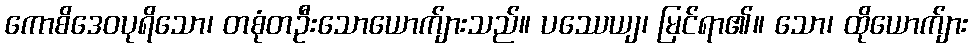
ကောစိဒေဝပုရိသော၊ တစုံတဦးသောယောက်ျားသည်။ ပဿေယျ၊ မြင်ရာ၏။ သော၊ ထိုယောက်ျား